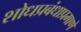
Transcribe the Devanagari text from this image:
शोधप्रबंधाप्रमाणे